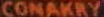
CONAKRY